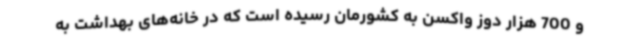
و 700 هزار دوز واکسن به کشورمان رسیده است که در خانه‌های بهداشت به